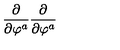
\frac \partial { \partial \varphi ^ { a } } \frac \partial { \partial \varphi ^ { a } }